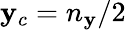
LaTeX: \mathbf{y}_{c}=n_{\mathbf{y}}/2